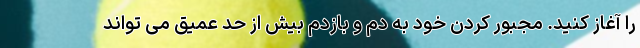
را آغاز کنید. مجبور کردن خود به دم و بازدم بیش از حد عمیق می تواند